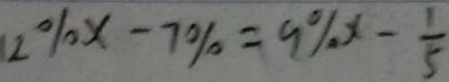
1 2 \% x - 7 \% = 9 \% x - \frac { 1 } { 5 }